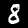
Label: 8